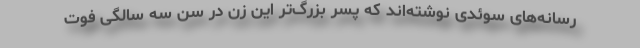
رسانه‌های سوئدی نوشته‌اند که پسر بزرگ‌تر این زن در سن سه سالگی فوت